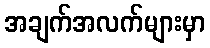
အချက်အလက်များမှာ